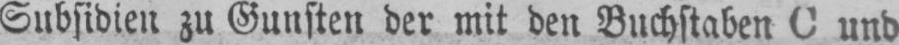
Subsidien zu Gunsten der mit den Buchstaben C und